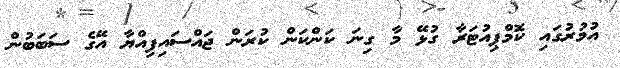
އުމުރުގައި ކޮމްޕިއުޓަރާ ގުޅޭ މާ ގިނަ ކަންކަން ކުރަން ޖައްސައިފިއްޔާ އޭގެ ސަބަބުން